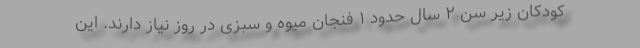
کودکان زیر سن ۲ سال حدود ۱ فنجان میوه و سبزی در روز نیاز دارند. این